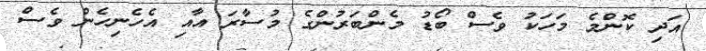
އަދި ކޮންމެ މަހަކު ވެސް ބޯޑު މެންބަރުންގެ މުސާރަ އާއި އެހެނިހެން ވެސް